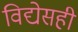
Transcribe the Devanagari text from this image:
विद्येसही